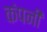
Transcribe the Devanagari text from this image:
कंपनी